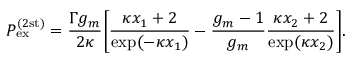
P _ { \mathrm { e x } } ^ { ( 2 \mathrm { s t ) } } = \frac { \Gamma g _ { m } } { 2 \kappa } \biggl [ \frac { \kappa x _ { 1 } + 2 } { \exp ( - \kappa x _ { 1 } ) } - \frac { g _ { m } - 1 } { g _ { m } } \frac { \kappa x _ { 2 } + 2 } { \exp ( \kappa x _ { 2 } ) } \biggr ] .